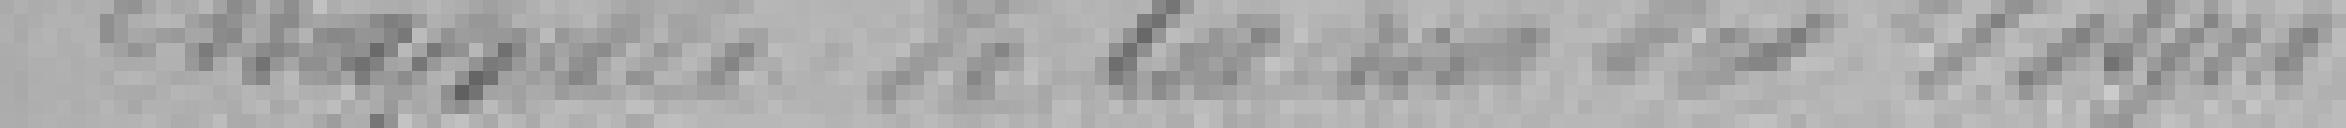
Chapelle de la rue des vignes